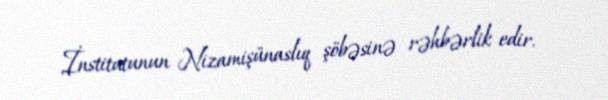
İnstitutunun Nizamişünaslıq şöbəsinə rəhbərlik edir.